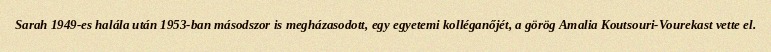
Sarah 1949-es halála után 1953-ban másodszor is megházasodott, egy egyetemi kolléganőjét, a görög Amalia Koutsouri-Vourekast vette el.